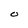
Character: O